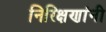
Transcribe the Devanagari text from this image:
निरिक्षणांनी